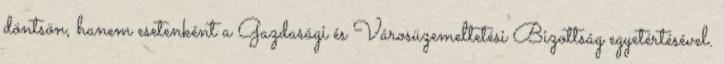
döntsön, hanem esetenként a Gazdasági és Városüzemeltetési Bizottság egyetértésével.